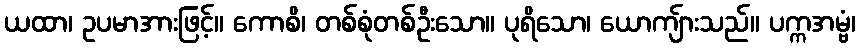
ယထာ၊ ဥပမာအားဖြင့်။ ကောစိ၊ တစ်စုံတစ်ဦးသော။ ပုရိသော၊ ယောကျ်ားသည်။ ပက္ကအမ္ဗံ၊